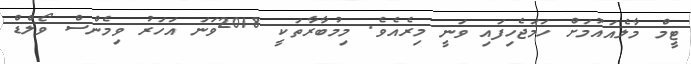
ޓީމް މާލެއައުމަށް ހަމަޖެހިފައި ވަނީ މިރެއެވެ. މިމުބާރާތަކީ 2018ވަނަ އަހަރު ވިމެންސް ވޯލްޑް